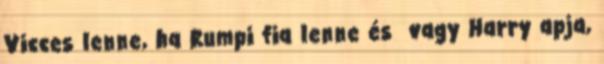
Vicces lenne, ha Rumpi fia lenne és vagy Harry apja,